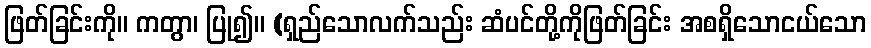
ဖြတ်ခြင်းကို။ ကတွာ၊ ပြု၍။ (ရှည်သောလက်သည်း ဆံပင်တို့ကိုဖြတ်ခြင်း အစရှိသောငယ်သော